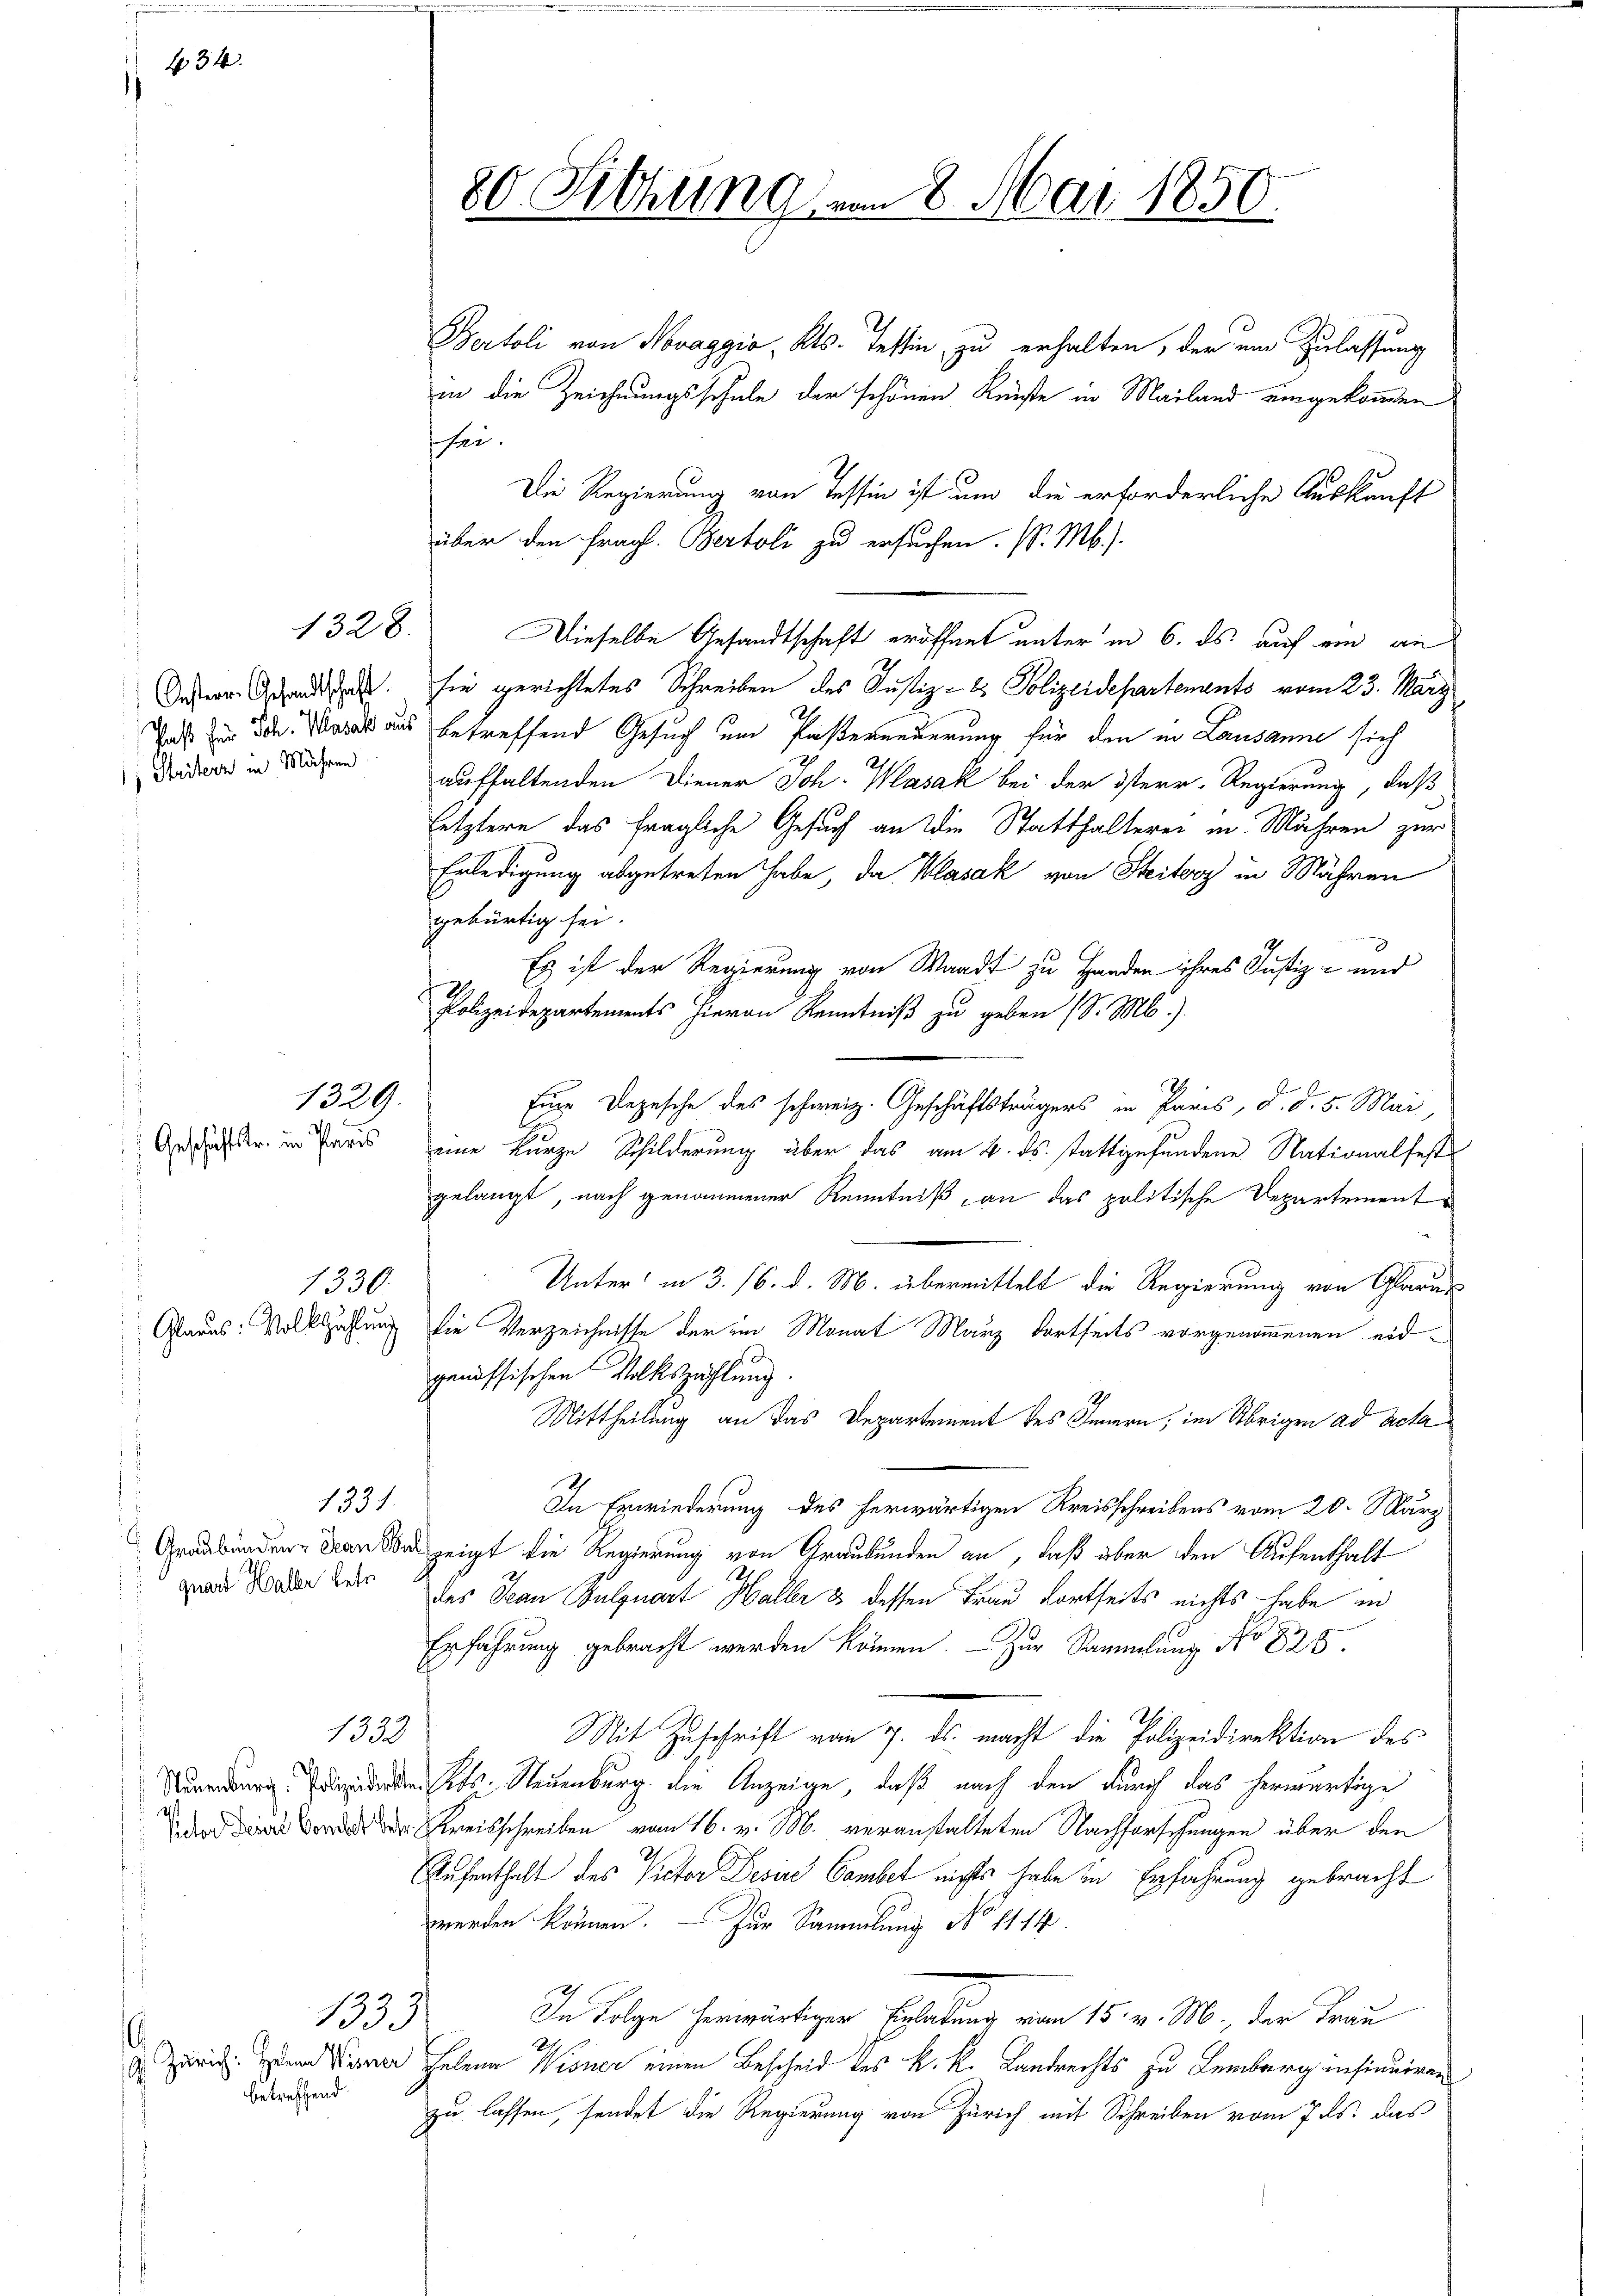
434.

; Stritern in Mähren

1229.

1328.

quart Haller betr.

betreffend.

Bertoli von Novaggio, Kts. Tessin, zu erhalten, der ein Zulassung
in die Zeichnungsschule der schönen Künste in Mailand eingekommen
sei.
Die Regierung von Tessin ist um die erforderliche Auskunft
über den fragl. Bertoli zu ersuchen. (S. M.)
Dieselbe Gesandtschaft eröffnet unter in 6. ds auf ein an
Dein Gesandten sie gerichtetes Schreiben des Justiz- & Polizeidepartements vom 23. März
Dass zur die Mark aus betreffend Gesuch um Pasterneuerung für den in Lausanne sich
aufhaltenden Diener Joh. Wasak bei der österr. Regierung, daß
letztere das fragliche Gesuch an die Statthalterei in Mähren zur
Erledigung abgetreten habe, da Klasak von Steiterz in Mähren
gebürtig sei.
Es ist der Regierung von Waadt zu Handen ihres Justiz- und
Polizeidepartements hievon Kenntniß zu geben (S. M.)
e
Eine Depesche des schweiz. Geschäftsträgers in Paris, d. d. 5. Mai
Gruder in Paris, eine kurze Schilderung über das am 4. ds. stattgefundene Nationalfests
gelangt, nach genommener Kenntniß, an das politische Departement
Unter in 3. 16. d. M. übermittelt die Regierung von Glarus
1330.
Glarus: Volkszahlung die Verzeichnisse der im Monat März dortseits vorgenommenen eidgenössischen Volkszählung.
Mittheilung an das Departement des Innern, im Übrigen ad acta
1331.
In Erwiederung des herwärtigen Kreisschreibens vom 20. März
Graubünden von Was zeigt die Regierung von Graubünden an, daß über den Aufenthalt
des Jean Bulquart Haller & dessen Frau Kortseits nichts habe in
Erfahrung gebracht werden können. Zur Sammlung No 835.
1333
Mit Zuschrift vom 7. ds. macht die Polizeidirektion des
dure sehr. Neuenburg die Anzeige, daß nach den durch das herwärtige
 Kreisschreiben vom 16. v. M. veranstalteten Nachforschungen über den
Aufenthalt des Victor Desire Camber nichts habe in Erfahrung gebracht
werden können. — Zur Sammlung No 1114.
In Folge herwärtigen Erlaßung vom 15. v. M., der Frau
1333
Zürich. dem Vener Helena Wisner einen Bescheid des k. k. Landrechts zu Lemberg insinuiren
zu lassen, sendet die Regierung von Zürich mit Schreiben vom 7. ds. das

80 Sitzung

8. Mai 1850.